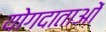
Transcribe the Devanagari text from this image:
योगदाताओं